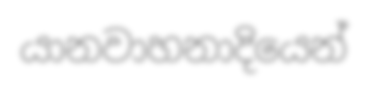
යානවාහනාදියෙන්